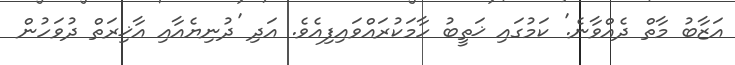
އަޒާބު މާތް ދެއްވާނެ.' ކަމުގައި ޚަތީބު ހާމަކުރައްވައިފިއެވެ. އަދި 'ދުނިޔެއާއި އާޚިރަތް ދުވަހުން